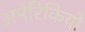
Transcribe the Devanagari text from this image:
अमेरिकियो